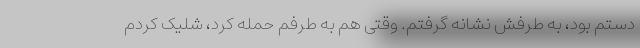
دستم بود، به طرفش نشانه گرفتم. وقتی هم به طرفم حمله کرد، شلیک کردم